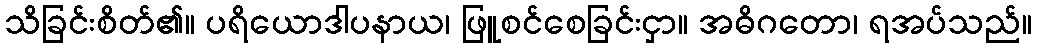
သိခြင်းစိတ်၏။ ပရိယောဒါပနာယ၊ ဖြူစင်စေခြင်းငှာ။ အဓိဂတော၊ ရအပ်သည်။